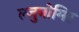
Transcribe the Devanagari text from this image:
ल्जुबोमिर